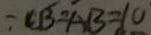
\because C B = A B = 1 0